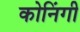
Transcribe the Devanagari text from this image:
कोनिंगी